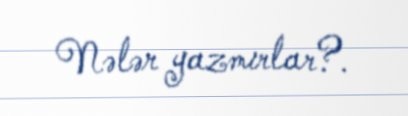
Nələr yazmırlar?.